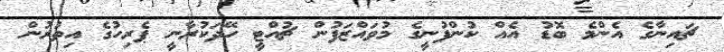
ޗައިނާގެ އެންމެ ބޮޑު އެއް ކުންފުނީގެ މުވައްޒަފުން ޗުއްޓީ ހޭދަކުރާނީ ޕެރިހުގެ އިތުރުން